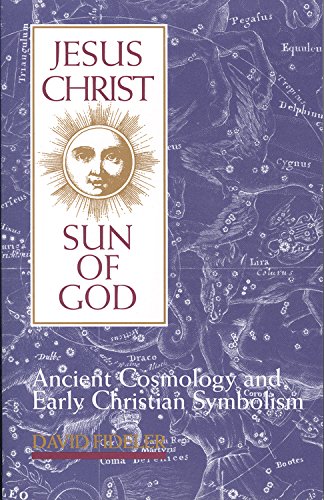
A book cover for Jesus Christ, Sun of God: Ancient Cosmology and Early Christian Symbolism; David Fideler; Christian Books & Bibles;